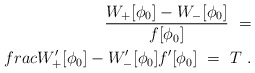
\begin{align*}\frac{W_+[\phi_0]-W_-[\phi_0]}{f[\phi_0]}\ = \\frac{W'_+[\phi_0]-W'_-[\phi_0]}{f'[\phi_0]}\ = \ T \ .\end{align*}